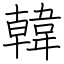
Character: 韓